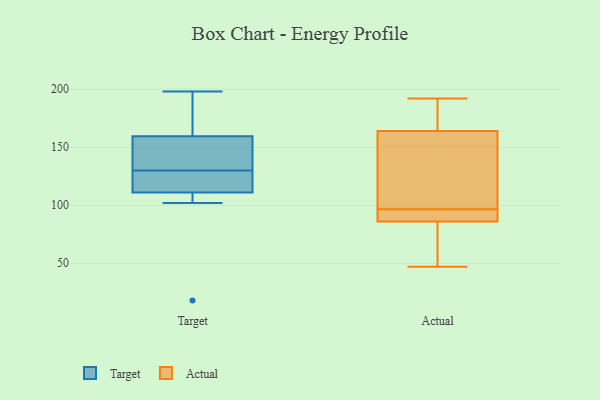
{"axis": {"x": "Page Views", "y": "Value"}, "legend": ["Actual", "Target"], "data": [{"x": "", "y": 140, "type": "Target"}, {"x": "", "y": 18, "type": "Target"}, {"x": "", "y": 123, "type": "Target"}, {"x": "", "y": 107, "type": "Target"}, {"x": "", "y": 124, "type": "Target"}, {"x": "", "y": 102, "type": "Target"}, {"x": "", "y": 131, "type": "Target"}, {"x": "", "y": 167, "type": "Target"}, {"x": "", "y": 166, "type": "Target"}, {"x": "", "y": 130, "type": "Target"}, {"x": "", "y": 198, "type": "Target"}, {"x": "", "y": 186, "type": "Actual"}, {"x": "", "y": 164, "type": "Actual"}, {"x": "", "y": 90, "type": "Actual"}, {"x": "", "y": 137, "type": "Actual"}, {"x": "", "y": 47, "type": "Actual"}, {"x": "", "y": 103, "type": "Actual"}, {"x": "", "y": 192, "type": "Actual"}, {"x": "", "y": 86, "type": "Actual"}, {"x": "", "y": 86, "type": "Actual"}, {"x": "", "y": 60, "type": "Actual"}]}